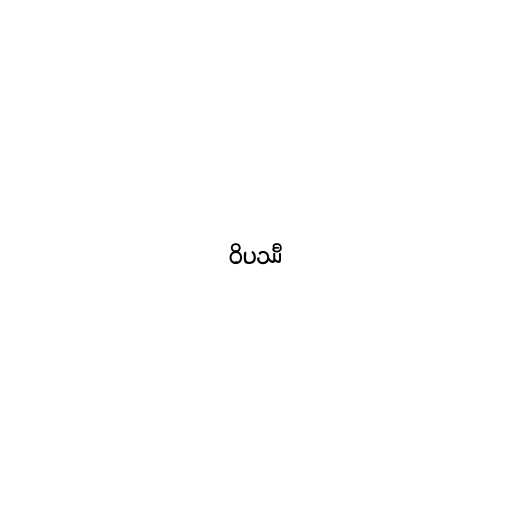
ဝိပဿီ